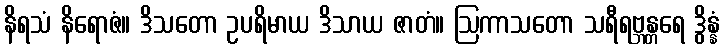
နိရသံ နိရောဇံ။ ဒိသတော ဥပရိမာယ ဒိသာယ ဇာတံ။ ဩကာသတော သရီရဗ္ဘန္တရေ ဒွိန္နံ